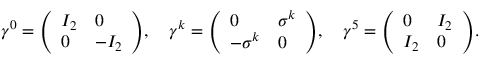
\gamma ^ { 0 } = { \left( \begin{array} { l l } { I _ { 2 } } & { 0 } \\ { 0 } & { - I _ { 2 } } \end{array} \right) } , \quad \gamma ^ { k } = { \left( \begin{array} { l l } { 0 } & { \sigma ^ { k } } \\ { - \sigma ^ { k } } & { 0 } \end{array} \right) } , \quad \gamma ^ { 5 } = { \left( \begin{array} { l l } { 0 } & { I _ { 2 } } \\ { I _ { 2 } } & { 0 } \end{array} \right) } .